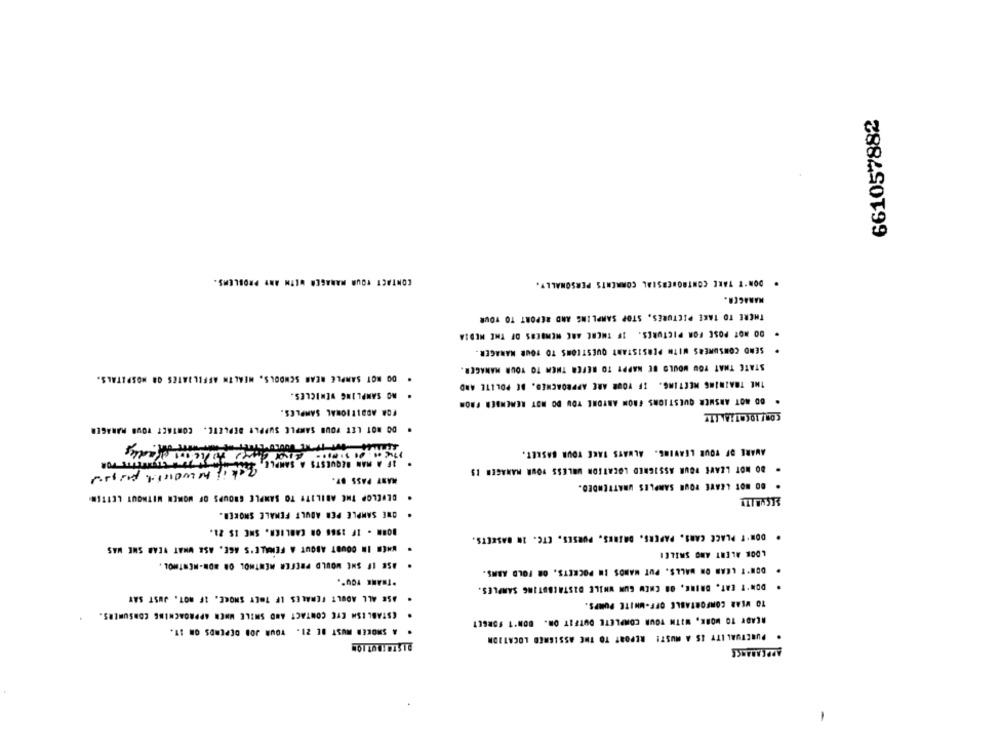
661057882
CONTACT YOUR MANAGER WITH ANY PROBLEMS.
. DON'T TAKE CONTROVERSIAL COMMENTS PERSONALLY.
MARACCA.
THERE TO TAKE PICTURES, STOP SAMPLING AND REPORT TO YOUR
. DO NOT POSE FOR PICTURES. IF THERE ARE MEMBERS OF THE MEDIA
SEND CONSUMERS WITH PERSISTANT QUESTIONS TO TOUR MANAGER.
STATE THAT YOU WOULD BE HAPPY TO REFER THEM TO YOUR MANAGER.
DO NOT SAMPLE NEAR SCHOOLS, HEALTH AFFILIATES OR HOSPITALS.
.
THE TRAINING MEETING. IF YOUR ARE APPROACHED. BE POLITE AND
. AC SAMPLING VENICLES.
. OD MOT ANSWER QUESTIONS FROM ANYONE YOU DO NOT REMEMBER FROM
FOR ADDITIONAL SAMPLES.
. DO NOT LET YOUR SAMPLE SUPPLY DEPLETE. CONTACT TOUR MANAGER
AWARE OF YOUR LEAVING. ALWAYS TAKE YOUR BASKET.
SAMPLE
OF A MAN REQUESTS
Bak if he would pogod
. DO NOT LEAVE YOUR ASSIGNED LOCATION WALESS YOUR MANAGER IS
MART PASS OT.
. DO NOT LEAVE POWE SAMPLES UNATTENDED.
DEVELOP THE ABILITY TO SAMPLE GROUPS OF WOMEN WITHOUT LETTEN
ONE SAMPLE PER ADULT FEMALE SMOKED.
.
BORN - IF 1966 ON CARLIER. SHE IS 21.
DON'T PLACE CARS. PAPERS. DAINES, PURSES, ETC. IN BASKETS.
WHEN IN DOUBT ABOUT A FEMALE'S AGE. ASK WHAT WEAR SHE WAS
LOOK ALERT AND SMILEI
· ASE IF SHE WOULD PREFER MENTHOL ON NON-MENTHOL.
.
DON'T LEAN ON WALLS. PUT MANOS IN POCKETS, OR FOLD ARMS.
*THANK YOU".
. DON'T EAT. DRINE, OR CHEW GUM WHILE DISTALBUTING SAMPLES.
. ASE ALL ADULT FEMALES IF THEY SMORE. IF MOT. JUST SAY
TO WEAR COMFORTABLE OFF-WHITE PUMPS.
. ESTABLISH EYE CONTACT AND SMILE WHEN APPROACHING CONSUMERS.
READY TO WORK, WITH YOUR COMPLETE OUTFIT OR. DON'T FORGET
A SMOKER MUST BE 21. YOUR JON DEPENDS ON IT.
PUNCTUAL ITY IS A MUST! REPORT TO THE ASSIGNED LOCATION
.
APPEARANCE
-